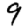
Digit: 9